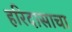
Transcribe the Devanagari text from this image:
हरिदासाचा